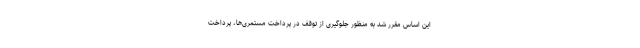
این اساس مقرر شد به منظور جلوگیری از توقف در پرداخت مستمری‌ها، پرداخت